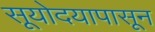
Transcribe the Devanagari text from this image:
सूयोदयापासून